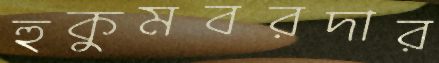
হুকুমবরদার